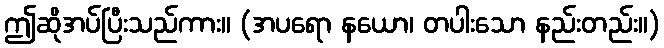
ဤဆိုအပ်ပြီးသည်ကား။ (အပရော နယော၊ တပါးသော နည်းတည်း။)